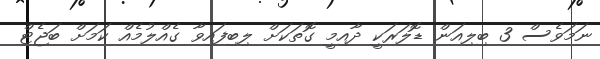
ނަމަވެސް 3 ބިލިއަން ޑޮލަރަކީ ދާއިމީ ގޮތަކަށް ލިބިފައިވާ ގެއްލުމެއް ކަމަށް ބަޖެޓް